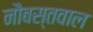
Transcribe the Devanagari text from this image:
नौबस्तवाल